Problem: 16 - 3 = ?
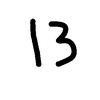
Handwritten answer: 13